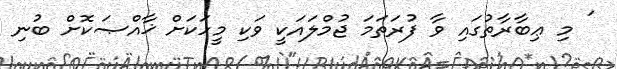
' މި ޢިބާރާތުގައި ވާ ފުރަތަމަ ޖުމްލައަކީ ވަކި މީހަކަށް ޚާއްޞަކޮށް ބުނި